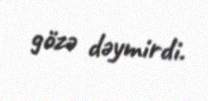
gözə dəymirdi.